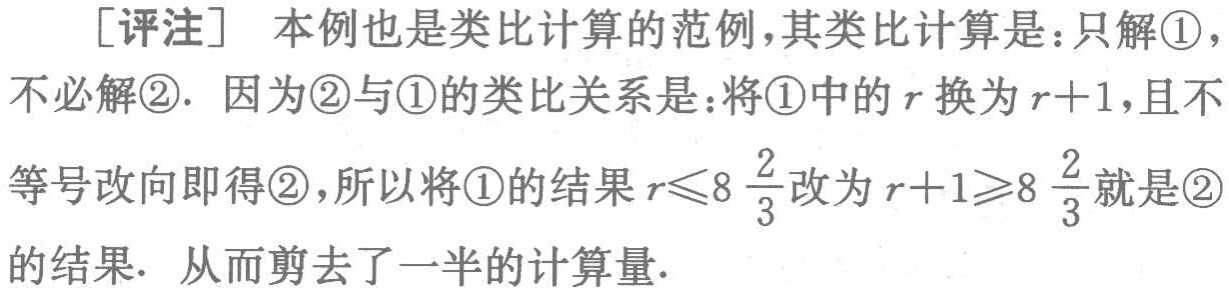
[评注] 本例也是类比计算的范例，其类比计算是：只解\textcircled{1}，不必解\textcircled{2}. 因为\textcircled{2}与\textcircled{1}的类比关系是：将\textcircled{1}中的\(r\)换为\(r + 1\)，且不等号改向即得\textcircled{2}，所以将\textcircled{1}的结果\(r\leqslant8\frac{2}{3}\)改为\(r + 1\geqslant8\frac{2}{3}\)就是\textcircled{2}的结果. 从而剪去了一半的计算量.